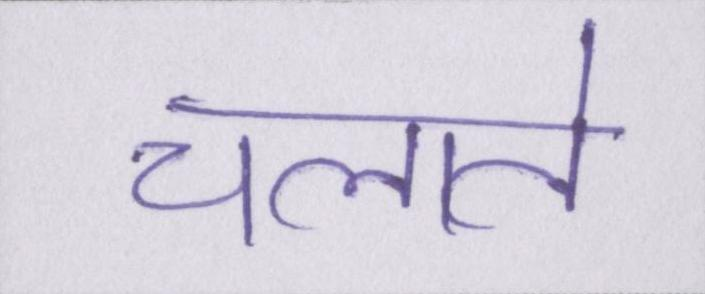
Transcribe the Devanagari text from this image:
चलाते